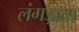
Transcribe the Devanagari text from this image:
लंगड़ाता